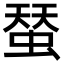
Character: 蝅